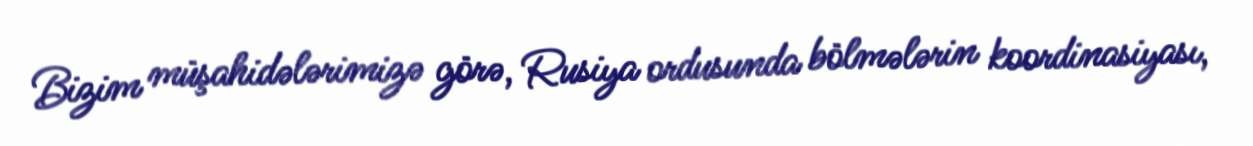
Bizim müşahidələrimizə görə, Rusiya ordusunda bölmələrin koordinasiyası,